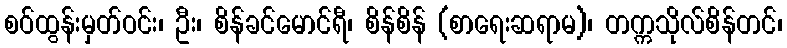
စဝ်ထွန်းမှတ်ဝင်း၊ ဦး၊ စိန်ခင်မောင်ရီ၊ စိန်စိန် (စာရေးဆရာမ)၊ တက္ကသိုလ်စိန်တင်၊